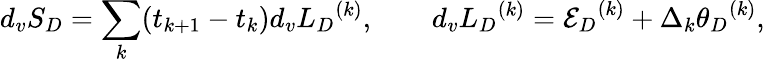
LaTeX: d_{v}S_{D}=\sum_{k}(t_{k+1}-t_{k})d_{v}{L_{D}}^{(k)},\qquad d_{v}{L_{D}}^{(k)}={{\cal E}_{D}}^{(k)}+\Delta_{k}{\theta_{D}}^{(k)},